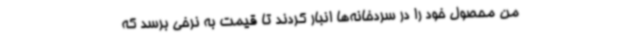
من محصول خود را در سردخانه‌ها انبار کردند تا قیمت به نرخی برسد که